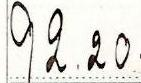
92.20